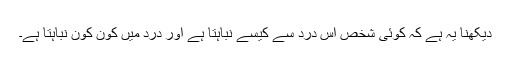
دیکھنا یہ ہے کہ کوئی شخص اس درد سے کیسے نباہتا ہے اور درد میں کون کون نباہتا ہے۔